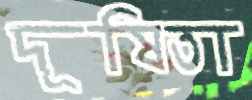
দূষিতা